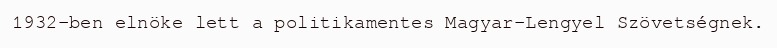
1932-ben elnöke lett a politikamentes Magyar-Lengyel Szövetségnek.